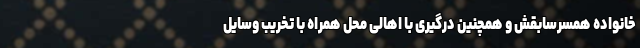
خانواده همسرسابقش و همچنین درگیری با اهالی محل همراه با تخریب وسایل